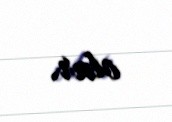
olar.